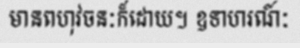
មានពហុវចនៈក៏ដោយ។ ឧទាហរណ៍ៈ